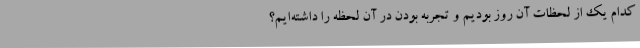
کدام یک از لحظات آن روز بودیم و تجربه بودن در آن لحظه را داشته‌ایم؟